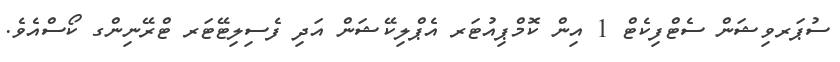
ސުޕަރވިޝަން ސެޓްފިކެޓް 1 އިން ކޮމްޕިއުޓަރ އެޕްލިކޭޝަން އަދި ފެސިލިޓޭޓަރ ޓްރޭނިންގ ކޯސްއެވެ.